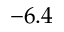
- 6 . 4